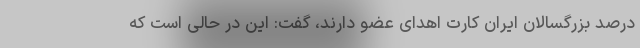
درصد بزرگسالان ایران کارت اهدای عضو دارند، گفت: این در حالی است که